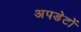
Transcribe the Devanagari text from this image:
अपडेटों